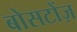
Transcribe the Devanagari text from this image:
बोसटोंज़